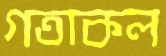
গতাকল